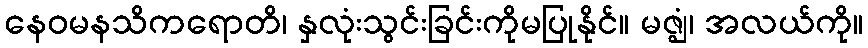
နေဝမနသိကရောတိ၊ နှလုံးသွင်းခြင်းကိုမပြုနိုင်။ မဇ္ဈံ၊ အလယ်ကို။